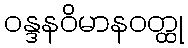
ဝန္ဒနဝိမာနဝတ္ထု